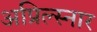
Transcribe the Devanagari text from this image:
अप्रिल्स्नार